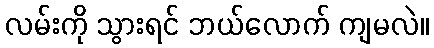
လမ်းကို သွားရင် ဘယ်လောက် ကျမလဲ။